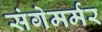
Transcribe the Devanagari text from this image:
संगेमर्मर